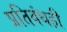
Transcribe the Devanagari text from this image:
प्रतिबंधही